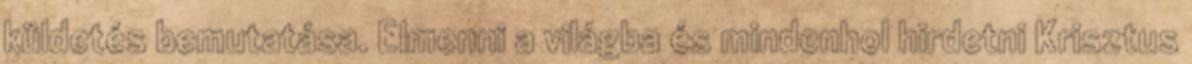
küldetés bemutatása. Elmenni a világba és mindenhol hirdetni Krisztus